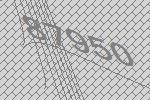
87950